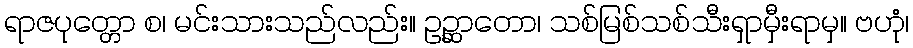
ရာဇပုတ္တော စ၊ မင်းသားသည်လည်း။ ဥဉ္ဆာတော၊ သစ်မြစ်သစ်သီးရှာမှီးရာမှ။ ဗဟုံ၊